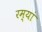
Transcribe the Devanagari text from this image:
रम्यां